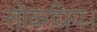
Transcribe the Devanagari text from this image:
लोकप्रिय।